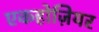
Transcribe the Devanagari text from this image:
एकहोज़ियर